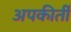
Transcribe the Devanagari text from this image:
अपकीर्ती